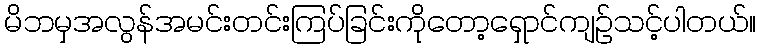
မိဘမှအလွန်အမင်းတင်းကြပ်ခြင်းကိုတော့ရှောင်ကျဉ်သင့်ပါတယ်။